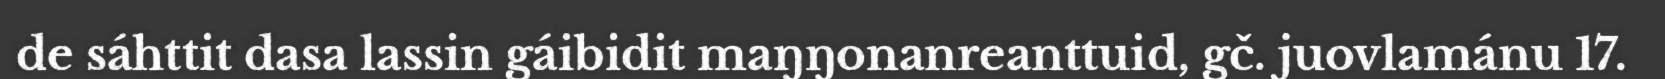
de sáhttit dasa lassin gáibidit maŋŋonanreanttuid, gč. juovlamánu 17.